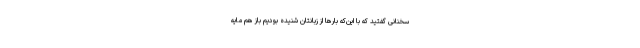
سخنانی گفتید که با این‌که بارها از زبانتان شنیده بودیم باز هم مایهٔ